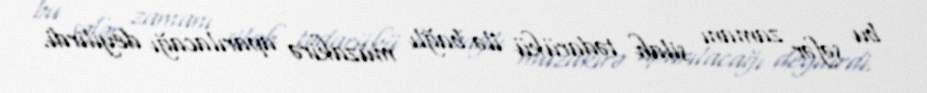
bu səfər zamanı silah tədarükü ilə bağlı müzakirə aparılacağı deyilirdi.